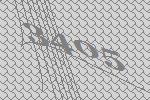
3405